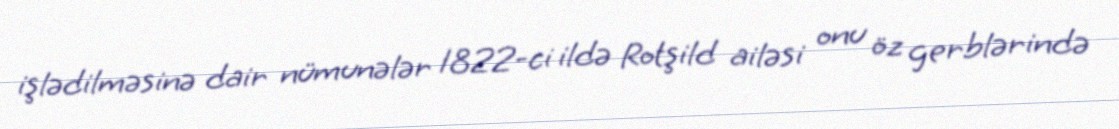
işlədilməsinə dair nümunələr 1822-ci ildə Rotşild ailəsi onu öz gerblərində